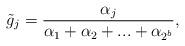
LaTeX: \begin{align*}\tilde{g}_j = \frac{\alpha_j}{\alpha_1+\alpha_2+...+\alpha_{2^b}},\end{align*}